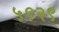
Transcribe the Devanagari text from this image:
५९२९